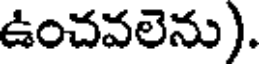
ఉంచవలెను).